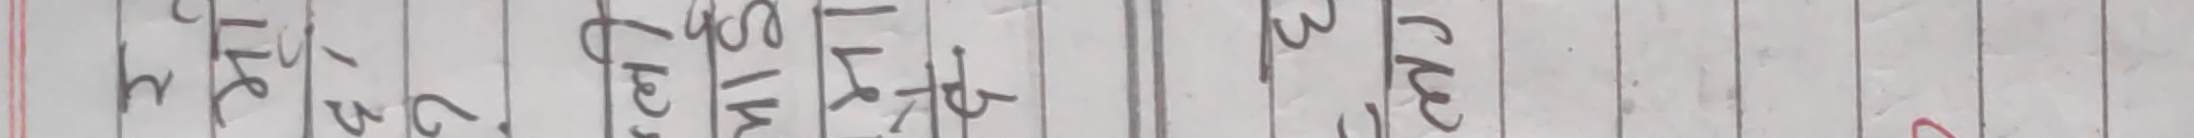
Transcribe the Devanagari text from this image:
थे /१३ २, बलेम खेत २७ र्मा